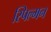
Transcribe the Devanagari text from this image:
स्पिल्मन